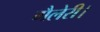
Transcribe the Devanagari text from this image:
गैलेरी।